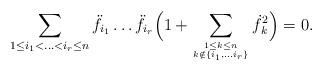
LaTeX: \begin{align*}\sum_{1\leq i_1<\ldots <i_r \leq n}\ddot{f}_{i_1} \ldots \ddot{f}_{i_r}\Big(1+\sum_{ {1\leq k\leq n} \atop {k\notin \{i_1,\ldots i_r\}}}\dot{f}_{k}^{2}\Big)=0.\end{align*}